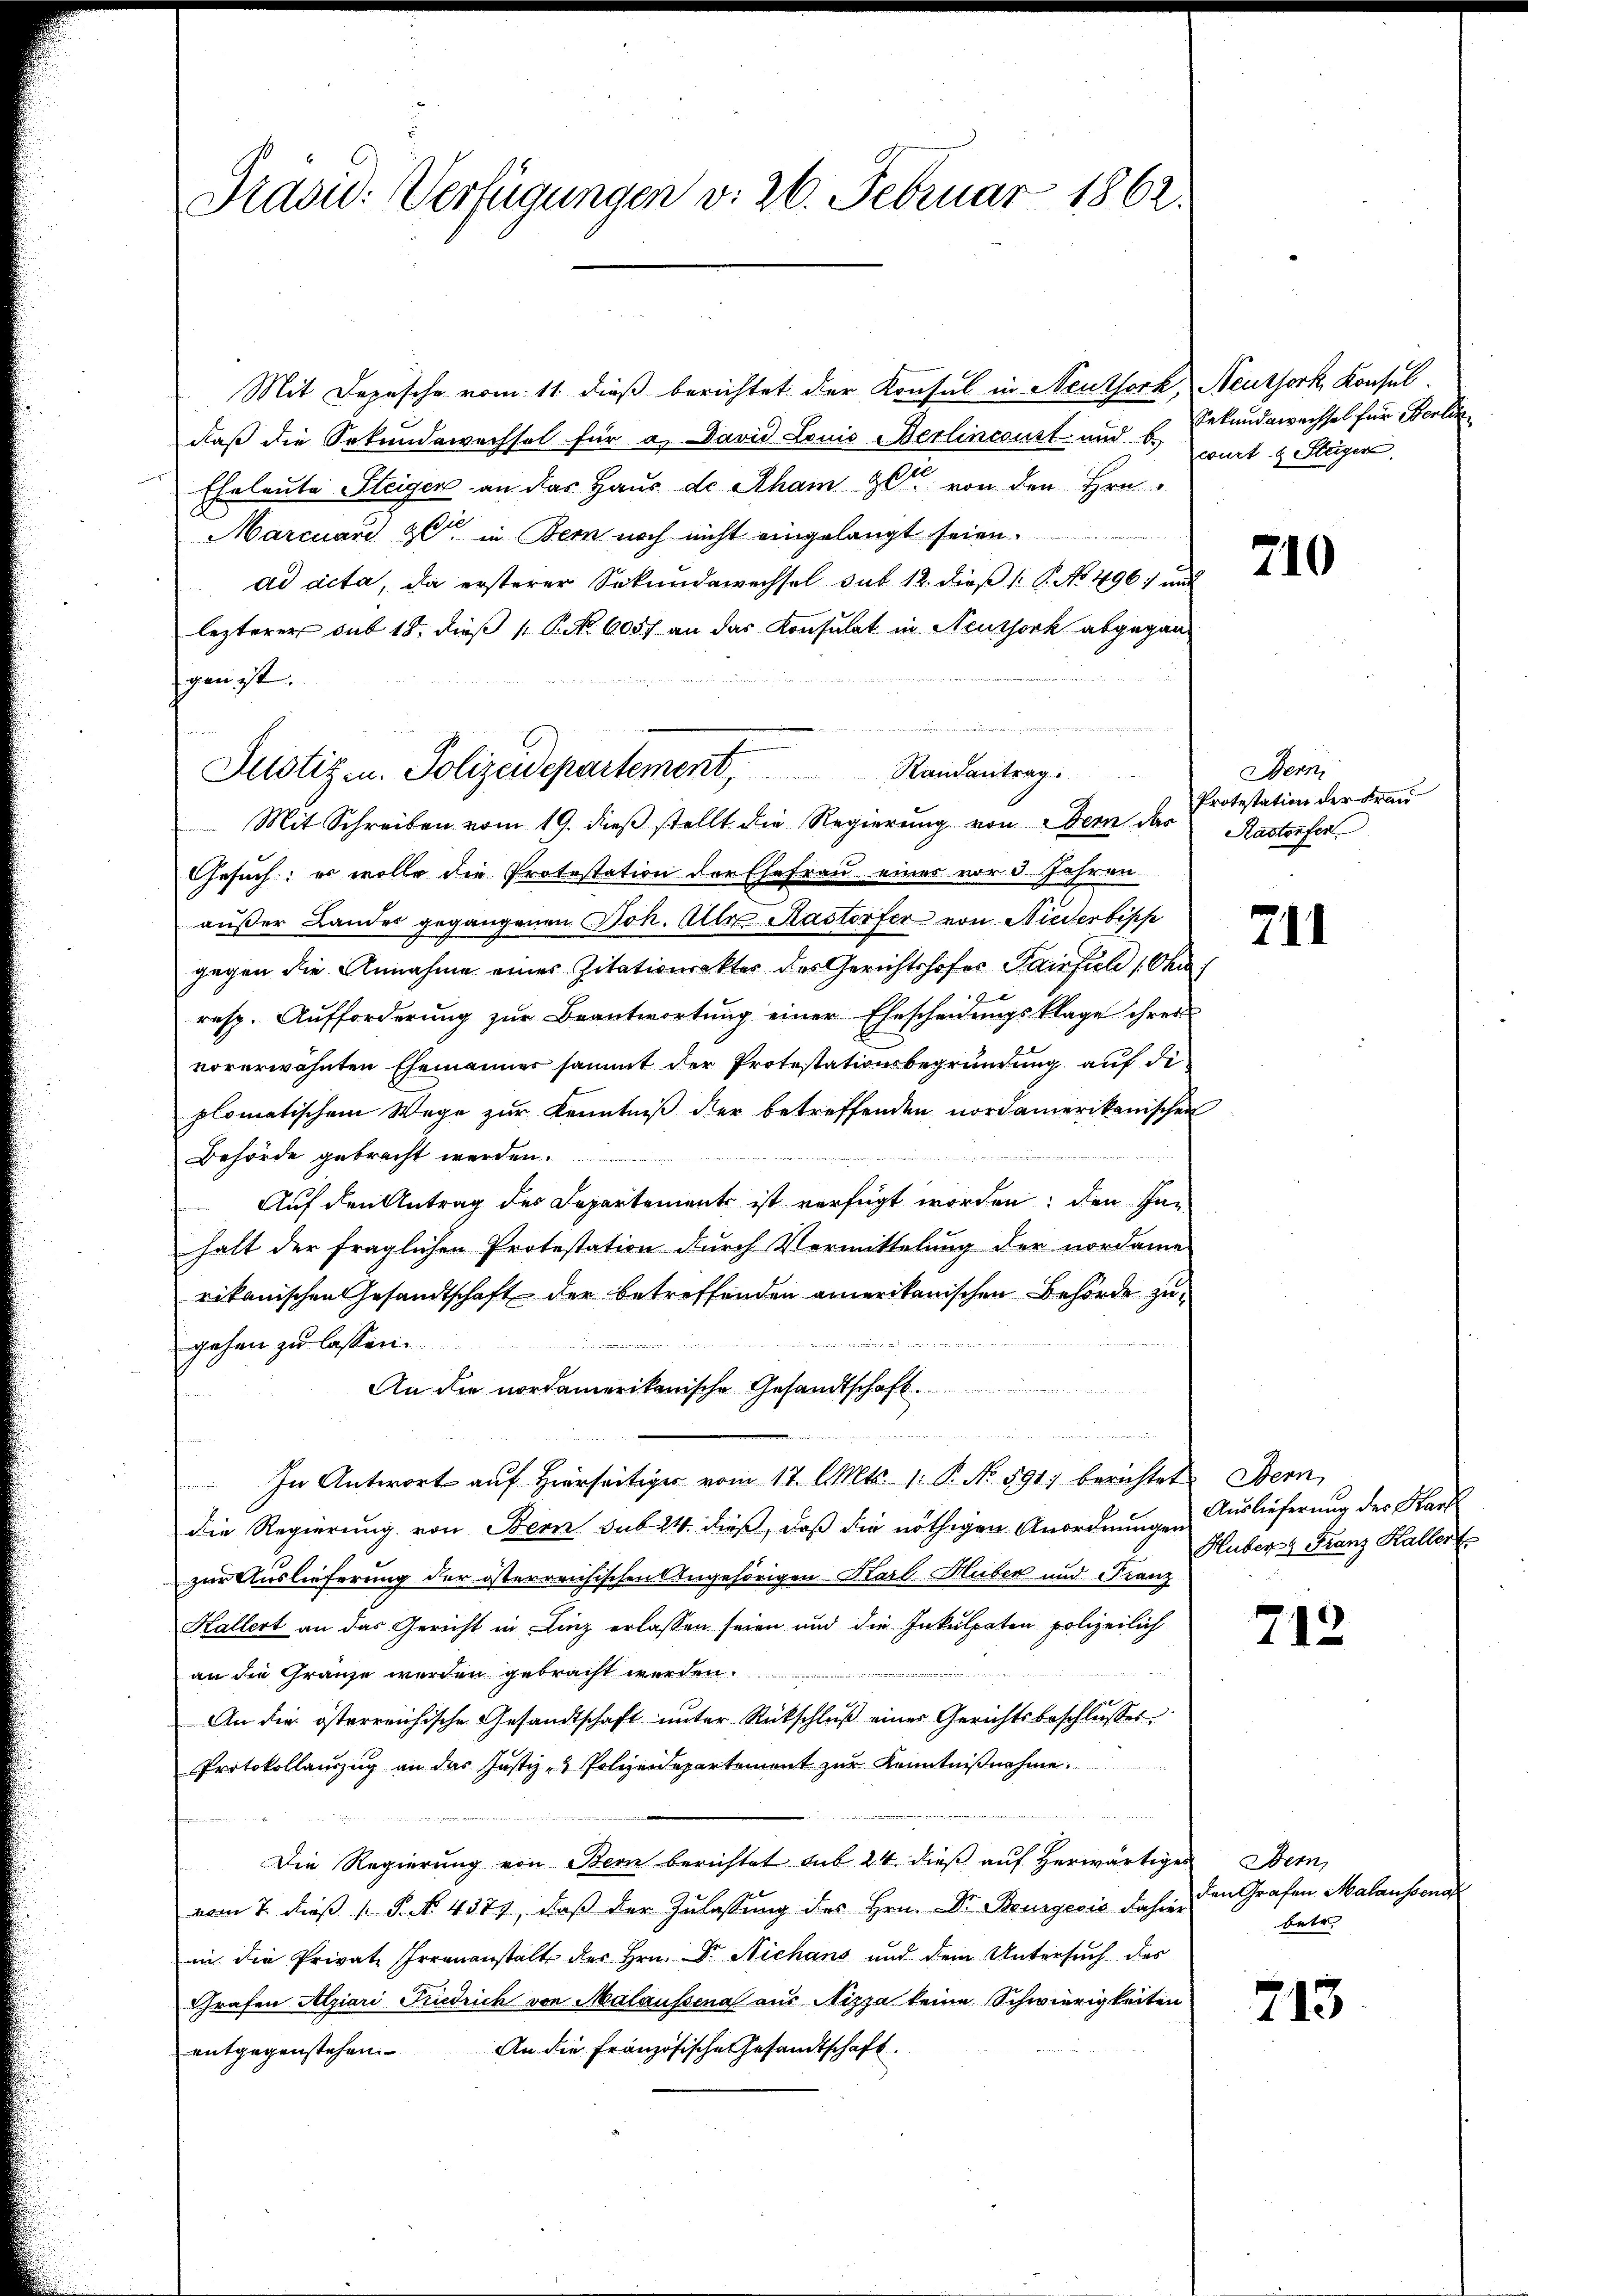
Prasid. Verfügungen v. 26. Februar 1862.

Mit Depesche vom 11. dieß berichtet der Konsul in Neuthork,
daß die Sekundewechsel für a. David Louis Berlincourt und b.
Eheleute Steigen an das Haus de Rham 90 von den Hrn.
Marcuard 30 in Bern noch nicht eingelangt seien.
ad acta, da ersterer Sekundewechsel sub 12. dieß P. No 496 und
lezterer sub 15. dieß P. No 605) an das Konsulat in Neuthork abgegangen ist.
Mit Schreiben vom 19. dieß stellt die Regierung von Bern das Rastorfen
Gesuch; es wolle die Protestation der Ehefrau eines vor 3. Jahren.
außer Landes gegangenen Joh. Alle Kastorfer von Niederbische
gegen die Annahme eines Zitationsakter des Gerichtshofes Pairfile 1. Chr
resp. Aufforderung zur Beantwortung einer Ehescheidungsklage ihrer
vorerwähnten Ehemannes sammt der Protestationsbegründung auf di
plomatischem Wege zur Kenntniß der betreffenden nordamerikanischen

Behörde gebracht werden.
Auf den Antrag des Departements ist verfügt worden; den In-
halt der fraglichen Protestation durch Vormittelung der nordame
rikanischen Gesandtschaft der betreffenden amerikanischen Behörde zu¬

gehen zu lassen.
An die nordamerikanische Gesandtschaft

n
In Antwort auf hierseitiger vom 17. l. Mts. 1. P. No. 591) berichtet
die Regierung von Bern sub 24 dieß, daß die nöthigen Anordnungen
zur Auslieferung der österreichischen Angehörigen Karl Huber und Franz
Kallert an das Gericht in Linz erlassen seien und die Inkulpaten polizeilich
an die Gränze werden gebracht werden.
An die österreichische Gesandtschaft unter Rückschluß einer Gerichtsbeschlusses
Protokollauszug an das Justiz- & Polizeidepartement zur Kenntniβnahme.

Die Regierung von Bern berichtet sub 24. dieß auf herwärtiges
vom 7. dieß 1 S. No. 4377, daβ der Zulassung des Hrn. Dr. Bourgeois dahier
in die Private Irrenanstalt der Hrn. Dr. Niehans und dem Untersuch des
Grafen Alpiari Friedrich von Malaussina aus Nizza keine Schwierigkeiten
entgegenstehen. An die französische Gesandtschaft.

Justiz u. Polizeidepartement, Randantrag.

Neuthork Konsul
Sekundawechsel für Berlin
wurt & Steiger

210

Bern
Protestation der Frau

211

Bern,
Auslieferung des Stark
Huber Franz Haller

712

Bern,
den Grafen Malausseng
betr.

713.